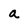
Character: a